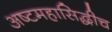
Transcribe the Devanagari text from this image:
अष्टमहासिद्धीच